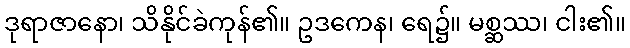
ဒုရာဇာနော၊ သိနိုင်ခဲကုန်၏။ ဥဒကေန၊ ရေ၌။ မစ္ဆဿ၊ ငါး၏။